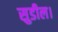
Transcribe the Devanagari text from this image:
सुडील।